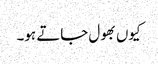
کیوں بھول جاتے ہو۔